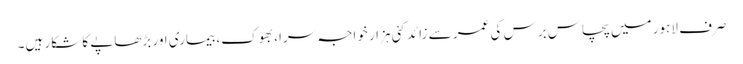
صرف لاہور میں پچاس برس کی عمر سے زائد کئی ہزار خواجہ سرا، بھوک، بیماری اور بڑھاپے کا شکار ہیں۔